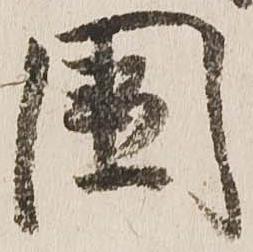
国